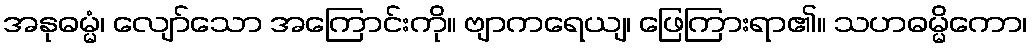
အနုဓမ္မံ၊ လျော်သော အကြောင်းကို။ ဗျာကရေယျ၊ ဖြေကြားရာ၏။ သဟဓမ္မိကော၊